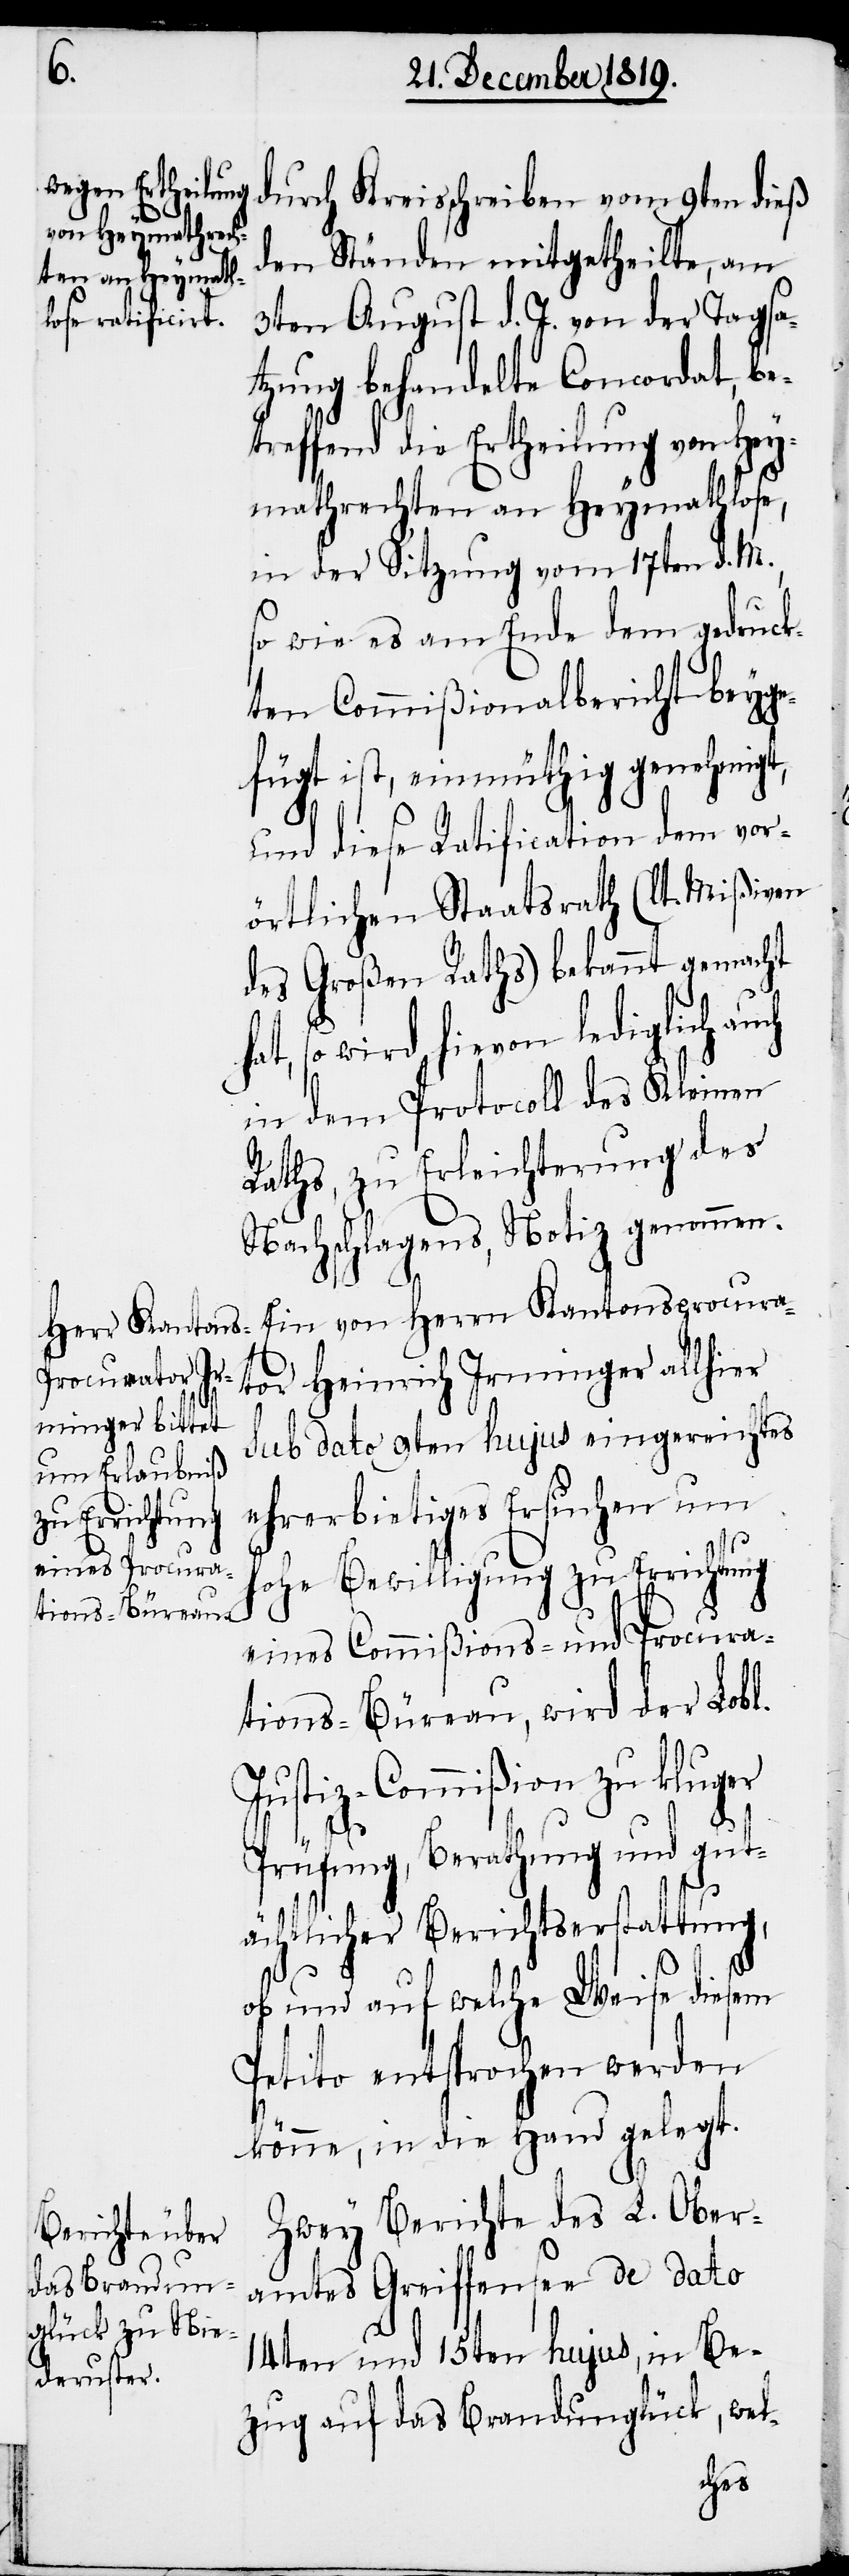
durch Kreisschreiben vom 9ten dieß
den Ständen mitgetheilte, am
3ten August d. J. von der Tagsa¬
tzung behandelte Concordat, be¬
treffend die Ertheilung von Hey¬
mathrechten an Heymathlose,
in der Sitzung vom 17ten d. M.,
so wie es am Ende dem gedruck¬
ten Commißionalbericht beyge¬
fügt ist, einmüthig genehmigt,
und diese Ratification dem vor¬
örtlichen Staatsrath (lt. Mißiven
des Großen Raths) bekannt gemacht
so wird hievon lediglich au¬
in dem Protocoll des Kleinen
Raths, zu Erleichterung des
Nachschlagens, Notiz genommen.
Ein von Herrn Kantonsprocura¬
tor Heinrich Irminger allhier
sub dato 9ten hujus eingereichtes
ehrerbietiges Ersuchen um
hohe Bewilligung zu Errichtung
eines Commißions- und Procura¬
tions-Büreau, wird der Lobl.
Justiz-Commißion zu kluger
Prüfung, Berathung und gut¬
ächtlicher Berichtserstattung,
ob und auf welche Weise diesem
Petito entsprochen werden
könne, in die Hand gelegt.
Zwey Berichte des L. Ober¬
amtes Greiffensee de dato
14ten und 15ten hujus, in Be¬
zug auf das Brandunglück, wel-
ch